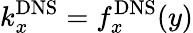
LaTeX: k_{x}^{\mathrm{DNS}}=f_{x}^{\mathrm{DNS}}(y)